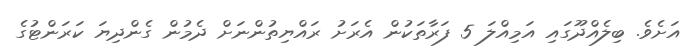
އަށެވެ. ބިލެއްދޫގައި އަމިއްލަ 5 ފަރާތަކުން އެރަށު ރައްޔިތުންނަށް ދެމުން ގެންދިޔަ ކަރަންޓުގެ